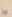
يا